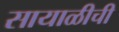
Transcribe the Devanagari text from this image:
सायाळीची